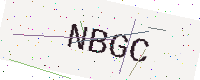
Text: NBGC